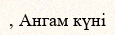
, Ангам күні